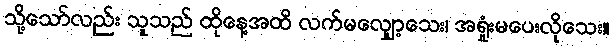
သို့သော်လည်း သူသည် ထိုနေ့အထိ လက်မလျှော့သေး၊ အရှုံးမပေးလိုသေး။